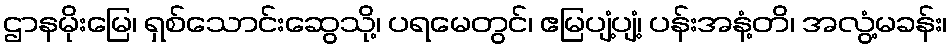
ဌာနမိုးမြေ၊ ရှစ်သောင်းဆွေသို့၊ ပရမေတွင်၊ ဧမြပျံ့ပျံ့၊ ပန်းအနံ့တိ၊ အလွံ့မခန်း၊